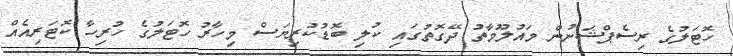
ހޮޓަލުގެ ރިސެޕްޝަނުން މައުލޫމާތު ދޭގޮތުގައި ކުލި ބޮޑުކުރިޔަސް މިހާރު ހޮޓަލުގެ ހުރިހާ ކޮޓަރިއެއް